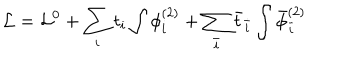
{ \cal L } = { \cal L } ^ { 0 } + \sum _ { i } t _ { i } \int \phi _ { i } ^ { ( 2 ) } + \sum _ { \bar { i } } { \bar { t } } _ { \bar { i } } \int { \bar { \phi } } _ { \bar { i } } ^ { ( 2 ) }